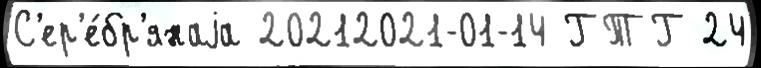
С'ер'е́бр'янаjа 20212021-01-14 ГТГ 24